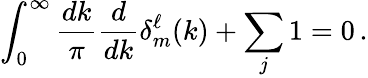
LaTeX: \int_{0}^{\infty}\frac{dk}{\pi}\frac{d}{dk}\delta_{m}^{\ell}(k)+\sum_{j}1=0\, .